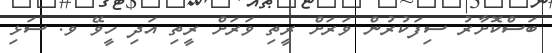
ބަސްކޮށާރު ސިފަކުރުން ވަރަށް ރީތި ވަރަށް ރީތި އަދި ހީވޭ ވ. ސަޅި